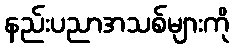
နည်းပညာအသစ်များကို